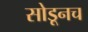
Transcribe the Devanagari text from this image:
सोडूनच